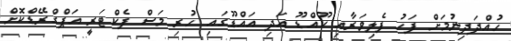
ހުއްދަދިނުމަށް ފަހު ފެލިވަރާއި ކޫއްޑޫ އަދި އައްޑޫގައި ހުރި މަސް ފެކްޓަރީ އަޕްގްރޭޑްކޮށް